Regulations for the medical services of the Army of India
Year: 1930
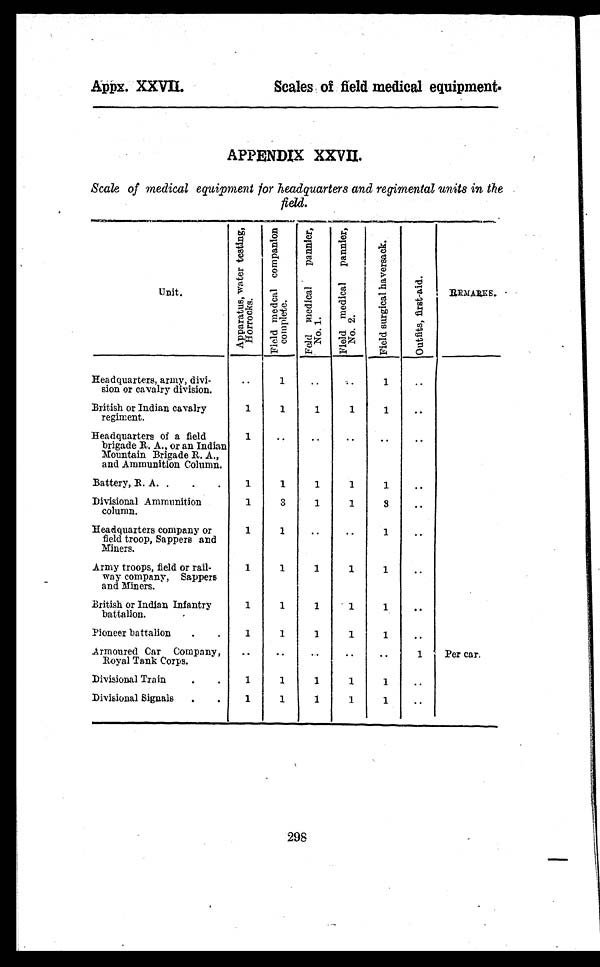
Appx. XXVII.
Scales of field medical equipment.
APPENDIX XXVII.
Scale of medical equipment for headquarters and regimental units in the
field.
Unit .
A p p a r a t u s , w a t e r t e s t i n g , H o r r o c k s . F i e l d i n e d c a l c o m p a n i o n c o m p l e t e .
F e l d m e d i c a l p a n n i e r , N o . 1 .
F e l d m e d i c a l p a n n i e r , N o . 2 .
F i e l d S u r g i c a l h a v e r s a c k .
O u t f i t s , f i r s t - a i d .
REMARKS.
Headquarters, army, divi-
sion or cavalry division.
..
1
..
. .
1
..
British or Indian cavalry
regiment.
1
1
1
1
1
..
Headquarters of a field
brigade R. A., or an Indian
Mountain Brigade R. A.,
and Ammunition Column.
1
. .
. .
. .
. .
. .
Battery, R. A. .
.
.
1
1
1
1
1
..
Divisional Ammunition
column.
1
3
1
1
3
..
Headquarters company or
field troop, Sappers and
Miners.
1
1
..
..
1
..
Army troops, field or rail-
way company, Sappers
and Miners.
1
1
1
1
1
..
British or Indian Infantry
battalion.
1
1
1
1
1
. .
Pioneer battalion
.
.
1
1
1
1
1
..
Armoured Car Company,
Royal Tank Corps.
..
..
. . ..
..
1
Per car.
Divisional Train
.
.
1
1
1
1
1
..
Divisional Signals .
.
1
1
1
1
1
..
298